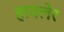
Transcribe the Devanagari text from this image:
हावलेर